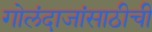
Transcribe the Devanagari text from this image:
गोलंदाजांसाठीची